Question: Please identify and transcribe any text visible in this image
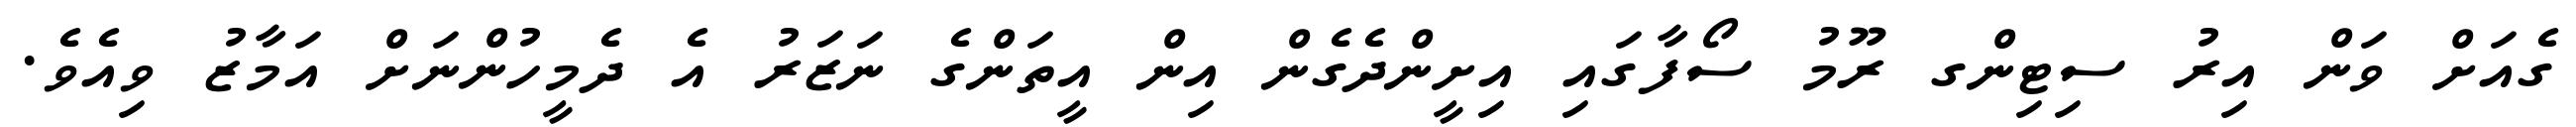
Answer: ގެއަށް ވަން އިރު ސިޓިންގ ރޫމު ސޯފާގައި އިށީންދެގެން އިން އީތަންގެ ނަޒަރު އެ ދެމީހުންނަށް އަމާޒު ވިއެވެ.